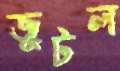
জুটল